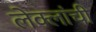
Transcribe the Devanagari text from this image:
लेक्लांची